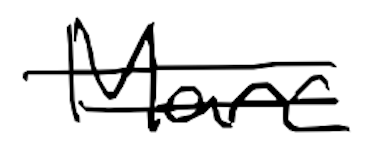
Text: Marc
Cross-out: mix
Writing tool: digital_black